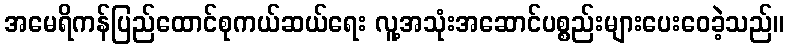
အမေရိကန်ပြည်ထောင်စုကယ်ဆယ်ရေး လူ့အသုံးအဆောင်ပစ္စည်းများပေးဝေခဲ့သည်။